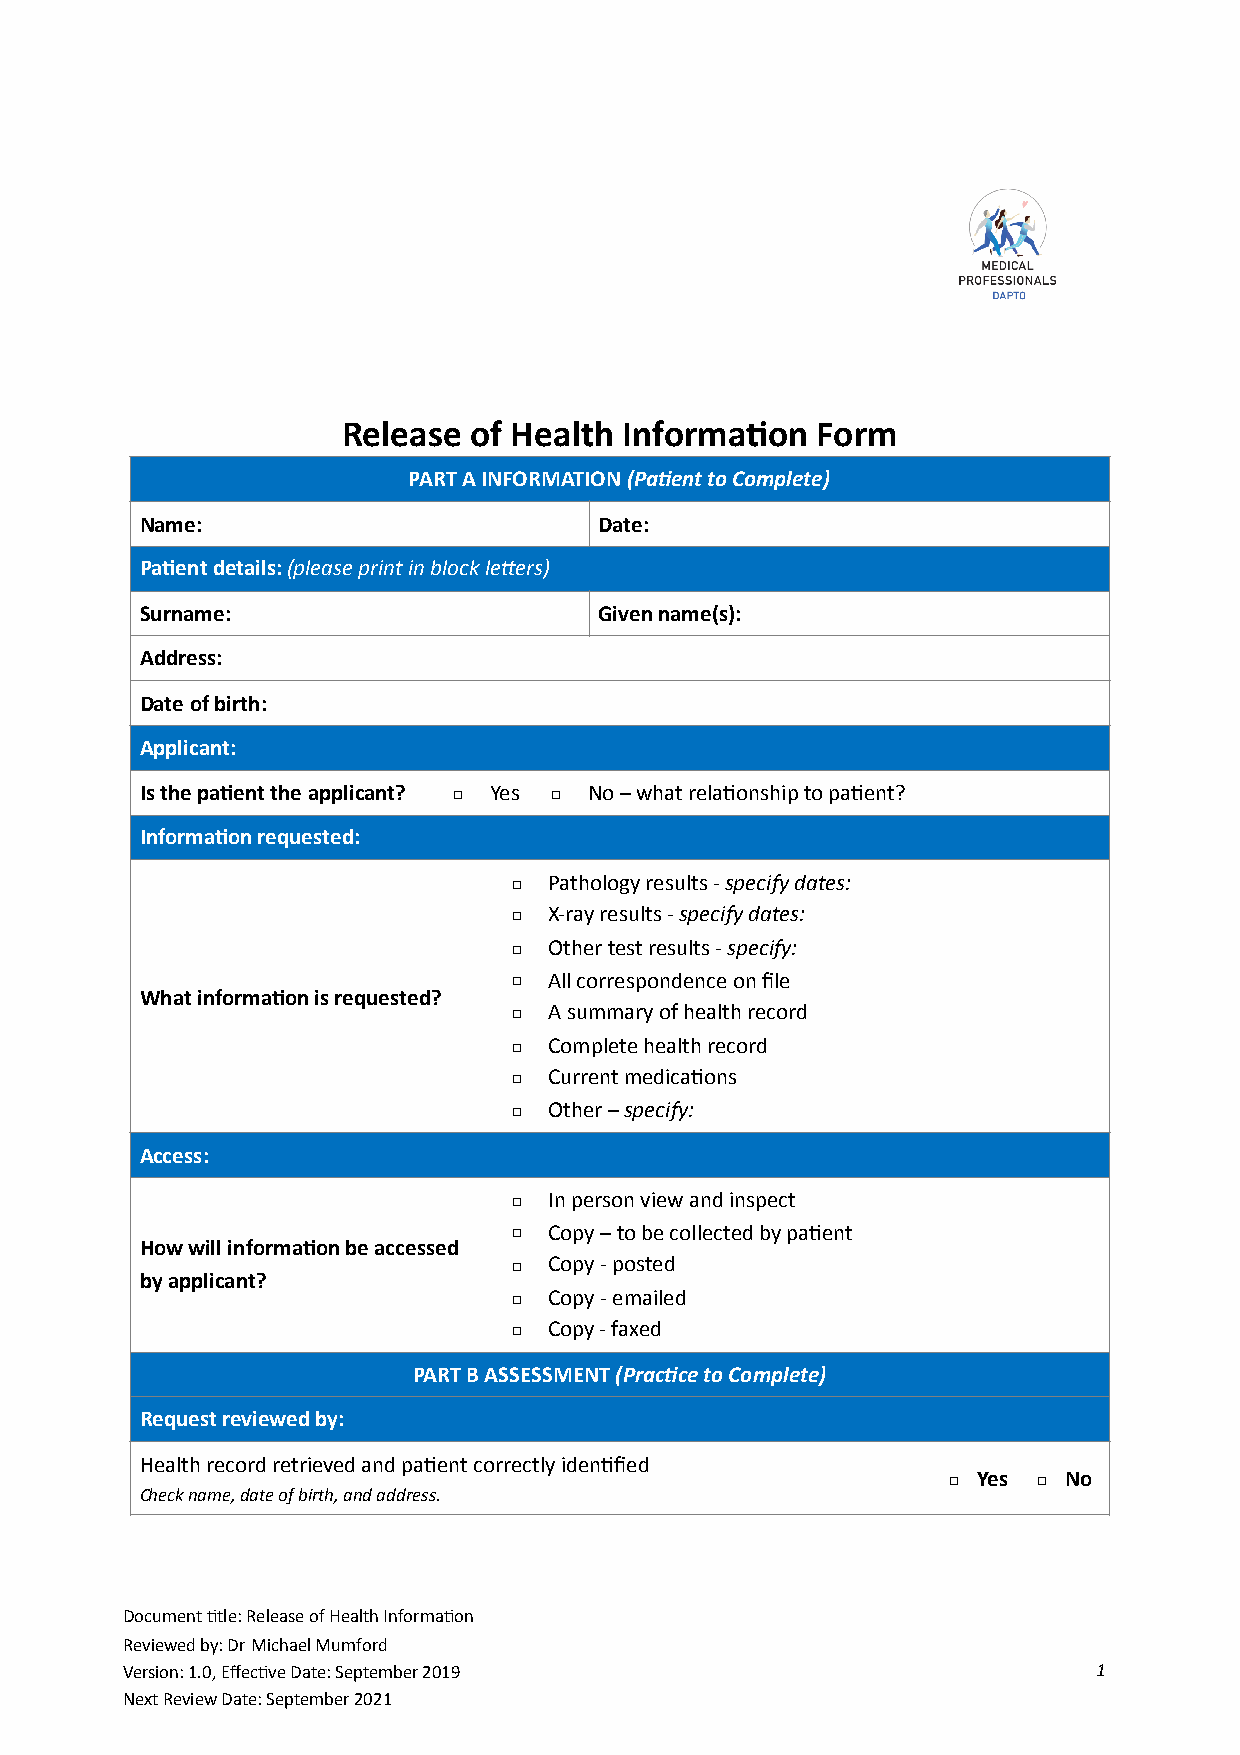
Assessment:
 Release of Health Informa0on   Form
 PART A INFORMATION (Pa+ent to Complete)
 Name:                          Date:
 Pa0ent details: (please print in block le0ers)
 Surname:                       Given name(s):
 Address:
 Date of birth:
 Applicant:
 Is the pa;ent the applicant? □ Yes □ No – what rela*onship to pa*ent?
 Informa0on requested:
 □ Pathology results - specify dates:
 □ X-ray results - specify dates:
 □ Other test results - specify:
 □ All correspondence on file
 What informa;on is requested?
 □ A summary of health record
 □ Complete health record
 □ Current medica*ons
 □ Other – specify:
 Access:
 □ In person view and inspect
 □ Copy – to be collected by pa*ent
 How will informa;on be accessed
 □ Copy - posted
 by applicant?
 □ Copy - emailed
 □ Copy - faxed
 PART B ASSESSMENT (Prac+ce to Complete)
 Request reviewed by:
 Health record retrieved and pa2ent correctly iden2fied
 □ Yes □ No
 Check name, date of birth, and address.
 Document *tle: Release of Health Informa*on
 Reviewed by: Dr Michael Mumford
 V ersion: 1.0, Effec*ve Date: September 2019                     1
 Next Review Date: September 2021